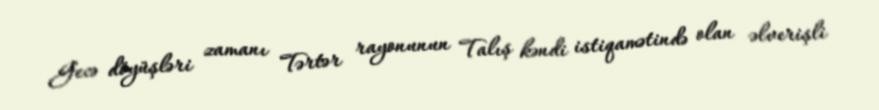
Gecə döyüşləri zamanı Tərtər rayonunun Talış kəndi istiqamətində olan əlverişli